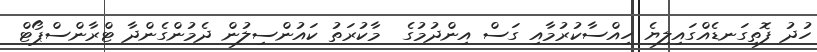
ހުދު ފޮތިގަނޑެއްގައިލިޔެ ހިއްސާކުރުމާއި ގަސް އިންދުމުގެ  މާކުރަތު ކައުންސިލުން ދެމުންގެންދާ ޓްރާންސްޕޯޓް